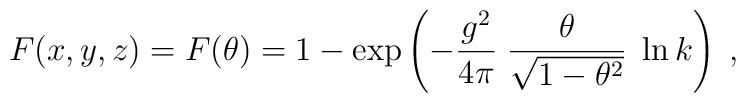
F(x,y,z)=  F(\theta )=  1 - \exp          \left(                -\frac{g^{2}}{4\pi}\;                 \frac{\theta}{\sqrt{1-\theta^{2}}}\;\ln k          \right) \; ,